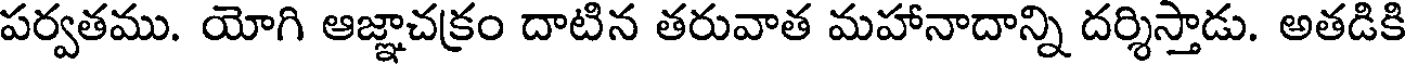
పర్వతము. యోగి ఆజ్ఞాచక్రం దాటిన తరువాత మహానాదాన్ని దర్శిస్తాడు. అతడికి